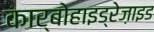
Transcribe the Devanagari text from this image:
कार्बोहाइड्रेज़ाइड